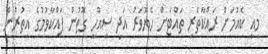
މިއީ ކެއުމަށް ރައްކާތެރި ތައްޓަށް ހެޔޮވަރު އަދި ސިއްހީ ގޮތުން ފައްކާވުމުގެ އިތުރުން